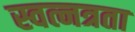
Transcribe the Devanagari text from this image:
स्वत्नत्रता